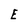
Character: E